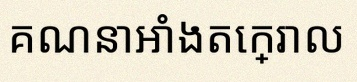
គណនាអាំងតេក្រាល